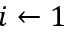
i \gets 1